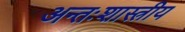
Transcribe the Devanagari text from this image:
अन्तःशास्त्रीय